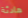
هادئة